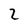
Character: 2